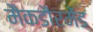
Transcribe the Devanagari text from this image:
मैकडौरमेंड